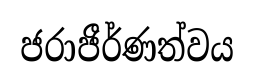
ජරාජීර්ණත්වය